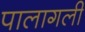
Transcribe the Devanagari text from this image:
पालागली